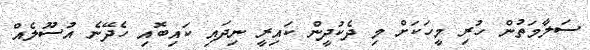
ސަލާމަތުން ހުރި މީހަކަށް މި ދެކުދީން ކައިރީ ނިދައި ކައިބޮއި ހެދޭނެ އުސޫލެއް